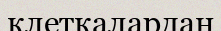
клеткалардан